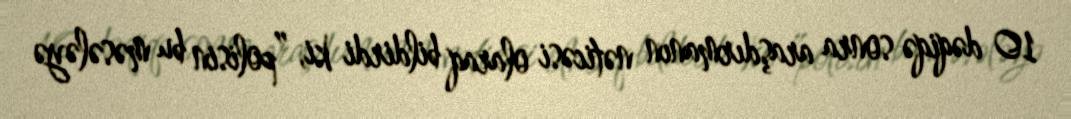
10 dəqiqə sonra araşdırmanın nəticəsi olaraq bildirdi ki, ”polisin bu məsələyə